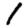
Digit: 1